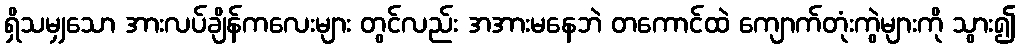
ရှိသမျှသော အားလပ်ချိန်ကလေးများ တွင်လည်း အအားမနေဘဲ တကောင်ထဲ ကျောက်တုံးကွဲများကို သွား၍